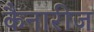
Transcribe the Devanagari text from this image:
कैनारीज